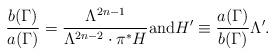
LaTeX: \begin{align*}\frac{b(\Gamma)}{a(\Gamma)}=\frac{\Lambda^{2n-1}}{\Lambda^{2n-2}\cdot \pi^*H}{\rm and}H'\equiv \frac{a(\Gamma)}{b(\Gamma)}\Lambda'.\end{align*}